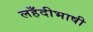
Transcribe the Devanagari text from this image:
लहँदीभाषी